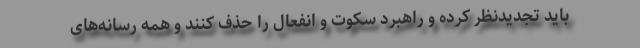
باید تجدیدنظر کرده و راهبرد سکوت و انفعال را حذف کنند و همه رسانه‌های